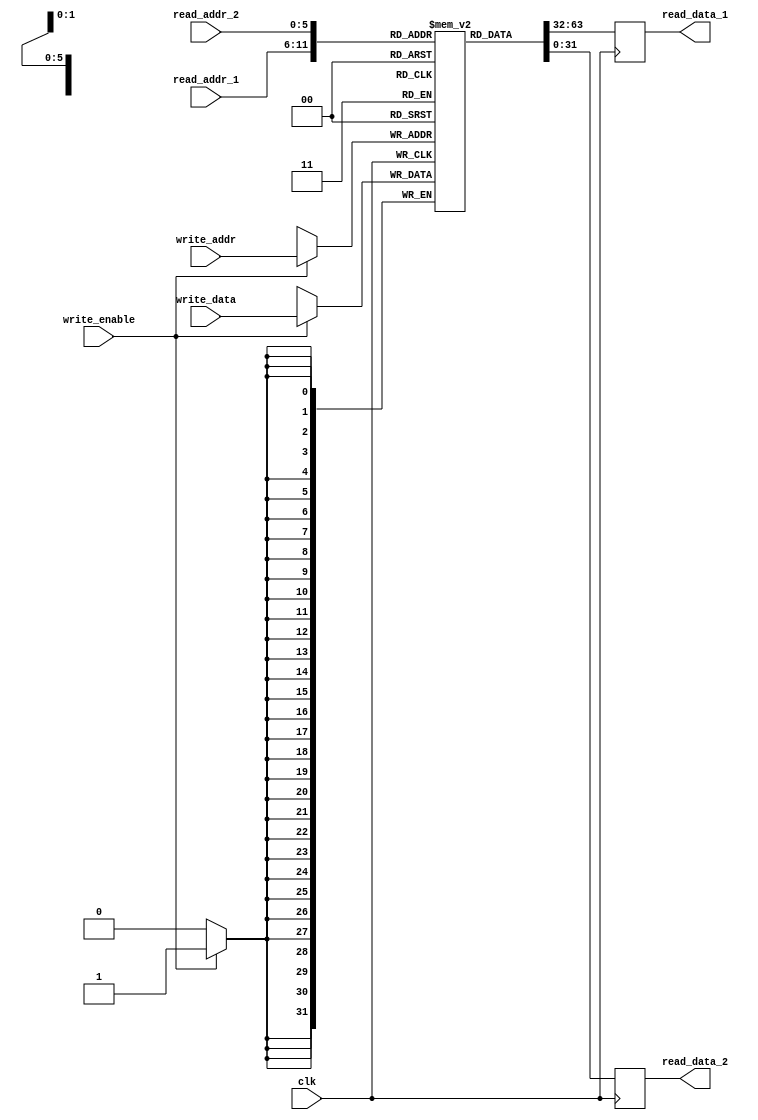
module register_file(
  input wire clk,
  input wire [5:0] read_addr_1, read_addr_2, write_addr,
  input wire [31:0] write_data,
  input wire write_enable,
  output reg [31:0] read_data_1, read_data_2
);

reg [31:0] registers [63:0];

always @(posedge clk) begin
  if(write_enable) begin
    registers[write_addr] <= write_data;
  end
  read_data_1 <= registers[read_addr_1];
  read_data_2 <= registers[read_addr_2];
end

endmodule